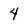
Character: 4